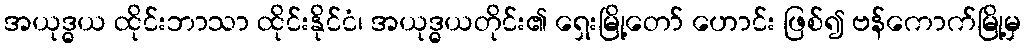
အယုဒ္ဓယ ထိုင်းဘာသာ ထိုင်းနိုင်ငံ၊ အယုဒ္ဓယတိုင်း၏ ရှေးမြို့တော် ဟောင်း ဖြစ်၍ ဗန်ကောက်မြို့မှ